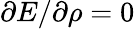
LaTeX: \partial E/\partial\rho=0